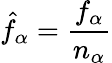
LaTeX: \hat{f}_{\alpha}=\frac{f_{\alpha}}{n_{\alpha}}